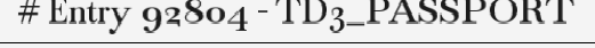
# Entry 92804 - TD3_PASSPORT